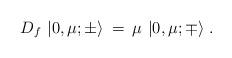
LaTeX: \begin{align*}D_f\, \left| 0,\mu; \pm \rangle \right.\, =\, \mu\, \left| 0, \mu; \mp \rangle \right.. \end{align*}